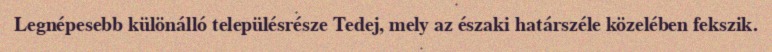
Legnépesebb különálló településrésze Tedej, mely az északi határszéle közelében fekszik.